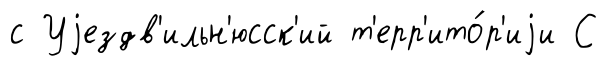
с Уjездв'ильн'юсск'ий т'ерр'ито́р'иjи С